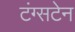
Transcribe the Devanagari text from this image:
टंग्सटेन